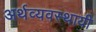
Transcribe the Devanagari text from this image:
अर्थव्यवस्थायी